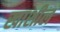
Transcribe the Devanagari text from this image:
खाशील